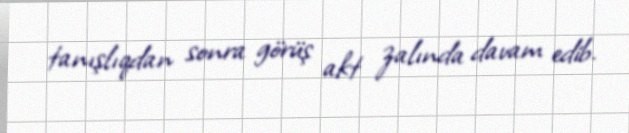
tanışlıqdan sonra görüş akt zalında davam edib.